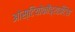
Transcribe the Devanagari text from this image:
ओस्टियोकौंड्राईटिस